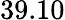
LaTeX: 39.10